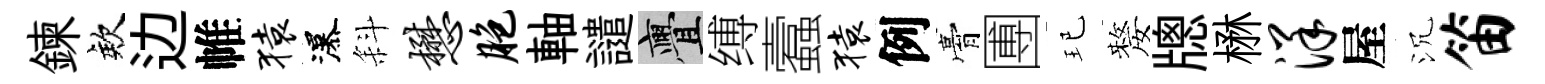
鍊欸边帷猿瀑斜懋胞軸譴亹缚蠧猿例膏圑玘嫠牕楙洋屋沉笛